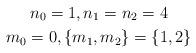
LaTeX: \begin{gather*}n_0=1,n_1=n_2=4\\m_0=0,\{m_1,m_2\}=\{1,2\}\end{gather*}